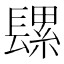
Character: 𮤄